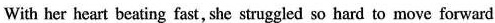
With her heart beating fast, she struggled so hard to move forward